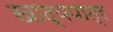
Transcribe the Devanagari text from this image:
खाद्यपात्र